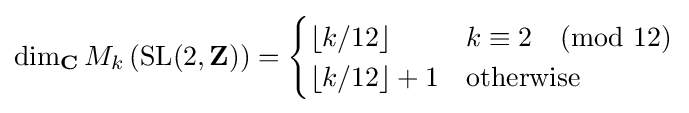
\dim _{\mathbf {C} }M_{k}\left({\text{SL}}(2,\mathbf {Z} )\right)={\begin{cases}\left\lfloor k/12\right\rfloor &k\equiv 2{\pmod {12}}\\\left\lfloor k/12\right\rfloor +1&{\text{otherwise}}\end{cases}}